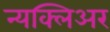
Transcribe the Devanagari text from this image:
न्यक्लिअर